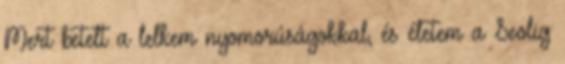
Mert betelt a lelkem nyomorúságokkal, és életem a Seolig